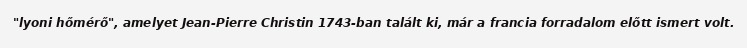
"lyoni hőmérő", amelyet Jean-Pierre Christin 1743-ban talált ki, már a francia forradalom előtt ismert volt.